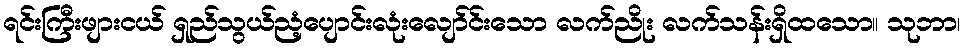
ရင်းကြီးဖျားငယ် ရှည်သွယ်ညံ့ပျောင်းလုံးလျော်င်းသော လက်ညိုး လက်သန်းရှိထသော။ သုဘာ၊